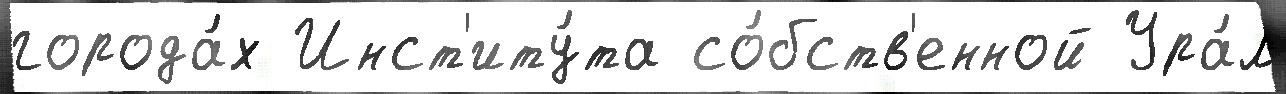
города́х Инст'иту́та со́бств'енной Ура́л